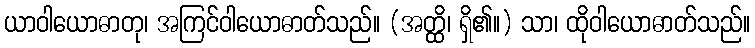
ယာဝါယောဓာတု၊ အကြင်ဝါယောဓာတ်သည်။ (အတ္ထိ၊ ရှိ၏။) သာ၊ ထိုဝါယောဓာတ်သည်။